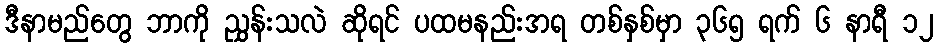
ဒီနာမည်တွေ ဘာကို ညွှန်းသလဲ ဆိုရင် ပထမနည်းအရ တစ်နှစ်မှာ ၃၆၅ ရက် ၆ နာရီ ၁၂